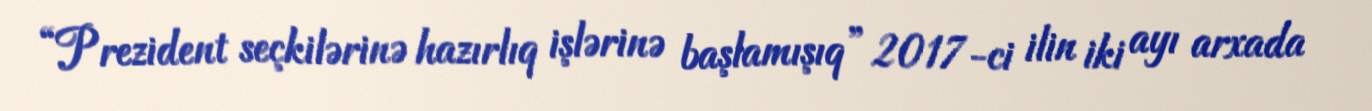
“Prezident seçkilərinə hazırlıq işlərinə başlamışıq” 2017-ci ilin iki ayı arxada